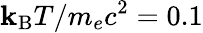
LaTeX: \mathbf{k}_{\mathrm{{B}}}T/m_{e}c^{2}=0.1